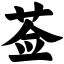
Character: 莶